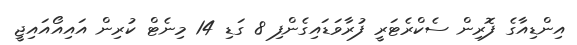
އިންޑިއާގެ ފޮރިން ސެކްރެޓަރީ ފުރާވަޑައިގެންފި 8 ގަޑި 14 މިނެޓް ކުރިން އައިއޯއައިޖީ